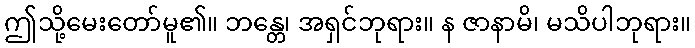
ဤသို့မေးတော်မူ၏။ ဘန္တေ၊ အရှင်ဘုရား။ န ဇာနာမိ၊ မသိပါဘုရား။